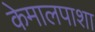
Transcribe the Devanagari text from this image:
केमालपाशा